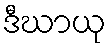
ဒီဃာယု